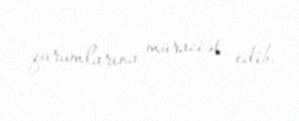
qurumlarına müraciət edib.